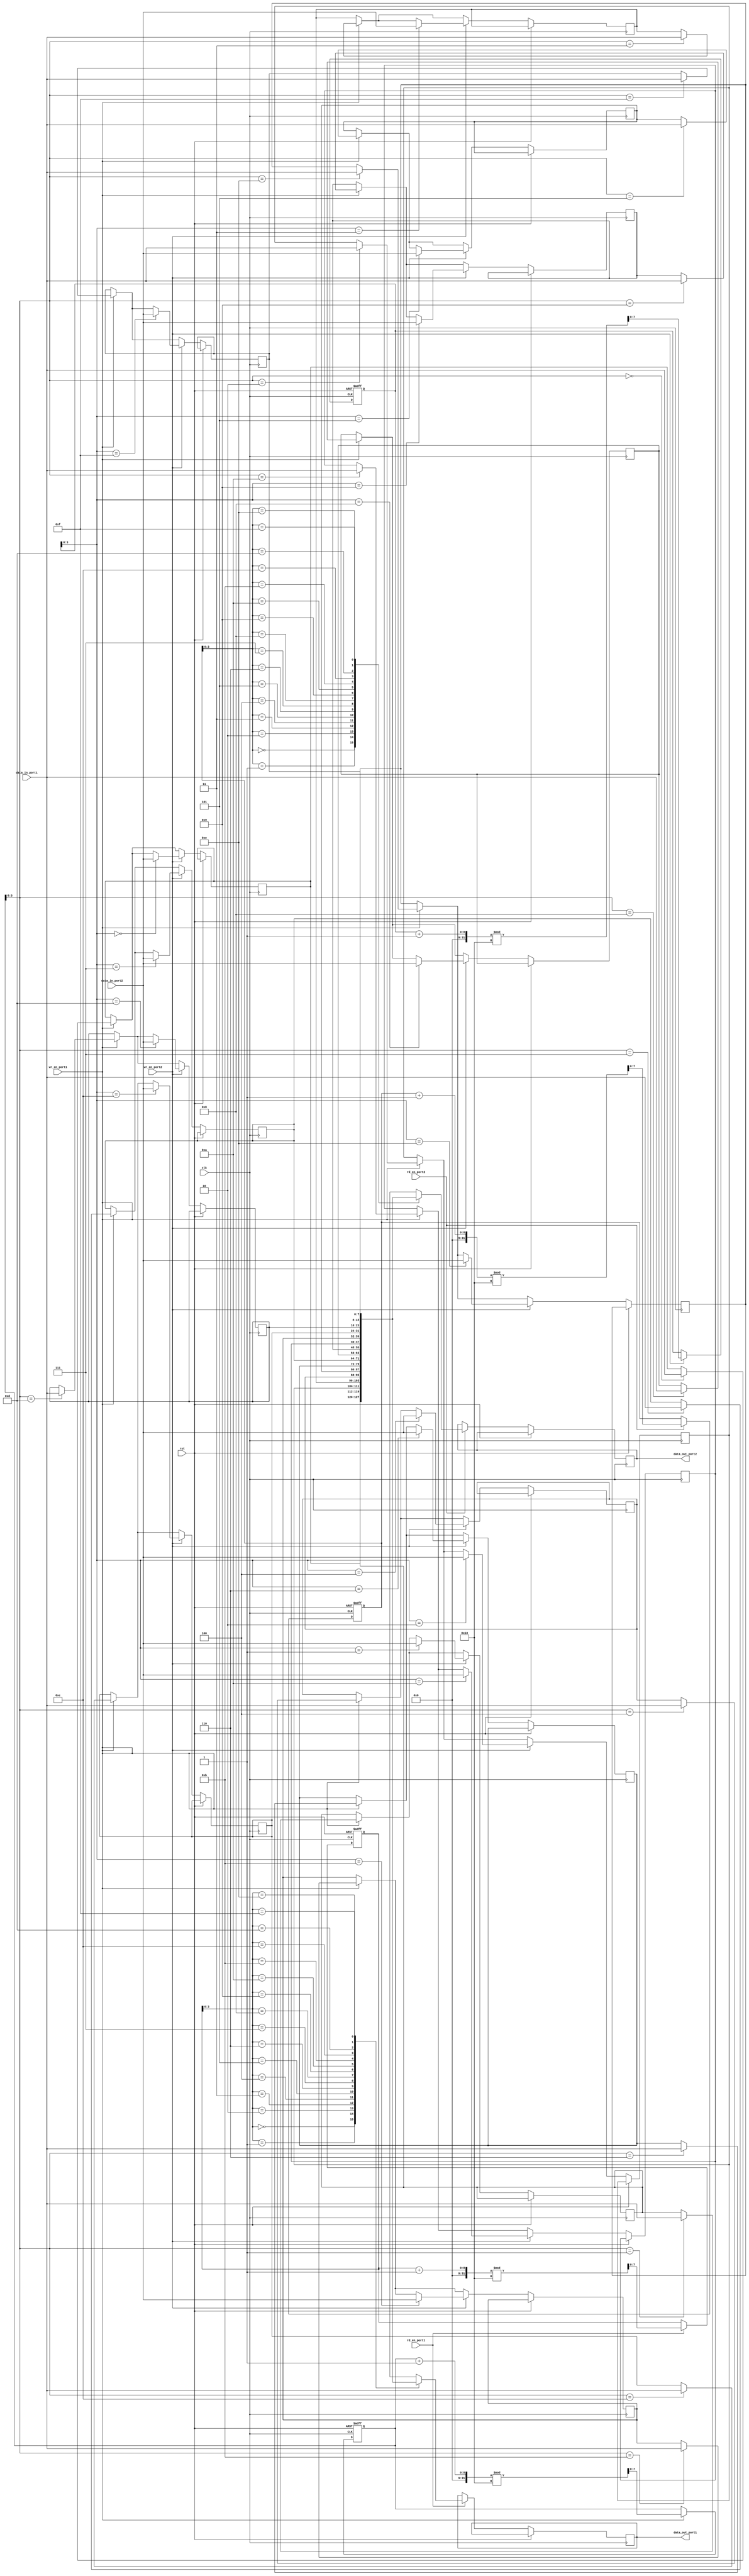
module dual_port_fifo (
    input wire clk,
    input wire rst,
    input wire [DATA_WIDTH-1:0] data_in_port1, // Data input for Port 1
    input wire wr_en_port1, // Write enable for Port 1
    output wire [DATA_WIDTH-1:0] data_out_port1, // Data output for Port 1
    input wire rd_en_port1, // Read enable for Port 1
    input wire [DATA_WIDTH-1:0] data_in_port2, // Data input for Port 2
    input wire wr_en_port2, // Write enable for Port 2
    output wire [DATA_WIDTH-1:0] data_out_port2, // Data output for Port 2
    input wire rd_en_port2 // Read enable for Port 2
);

parameter FIFO_DEPTH = 16; // Depth of the FIFO buffer
parameter DATA_WIDTH = 8; // Width of the data bus

reg [DATA_WIDTH-1:0] fifo_buffer [0:FIFO_DEPTH-1]; // FIFO buffer memory
reg [DATA_WIDTH-1:0] read_ptr_port1 = 0; // Read pointer for Port 1
reg [DATA_WIDTH-1:0] write_ptr_port1 = 0; // Write pointer for Port 1
reg [DATA_WIDTH-1:0] read_ptr_port2 = 0; // Read pointer for Port 2
reg [DATA_WIDTH-1:0] write_ptr_port2 = 0; // Write pointer for Port 2

// Timing control and synchronization logic here

always @(posedge clk or posedge rst) begin
    if (rst) begin
        read_ptr_port1 <= 0;
        write_ptr_port1 <= 0;
        read_ptr_port2 <= 0;
        write_ptr_port2 <= 0;
    end else begin
        // Write data to FIFO buffer
        if (wr_en_port1) begin
            fifo_buffer[write_ptr_port1] <= data_in_port1;
            write_ptr_port1 <= (write_ptr_port1 + 1) % FIFO_DEPTH;
        end
        if (wr_en_port2) begin
            fifo_buffer[write_ptr_port2] <= data_in_port2;
            write_ptr_port2 <= (write_ptr_port2 + 1) % FIFO_DEPTH;
        end

        // Read data from FIFO buffer
        if (rd_en_port1) begin
            data_out_port1 <= fifo_buffer[read_ptr_port1];
            read_ptr_port1 <= (read_ptr_port1 + 1) % FIFO_DEPTH;
        end
        if (rd_en_port2) begin
            data_out_port2 <= fifo_buffer[read_ptr_port2];
            read_ptr_port2 <= (read_ptr_port2 + 1) % FIFO_DEPTH;
        end
    end
end

endmodule